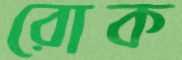
রোক